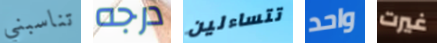
تناسبني درجه تتساءلين واحد غيرت